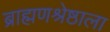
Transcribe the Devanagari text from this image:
ब्राह्मणश्रेष्ठाला